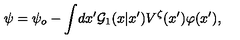
\psi = \psi _ { o } - \int \! d x ^ { \prime } { \cal G } _ { 1 } ( x | x ^ { \prime } ) V ^ { \zeta } ( x ^ { \prime } ) \varphi ( x ^ { \prime } ) ,